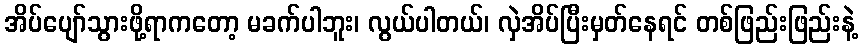
အိပ်ပျော်သွားဖို့ရာကတော့ မခက်ပါဘူး၊ လွယ်ပါတယ်၊ လှဲအိပ်ပြီးမှတ်နေရင် တစ်ဖြည်းဖြည်းနဲ့